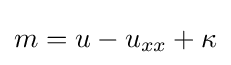
m=u-u_{xx}+\kappa